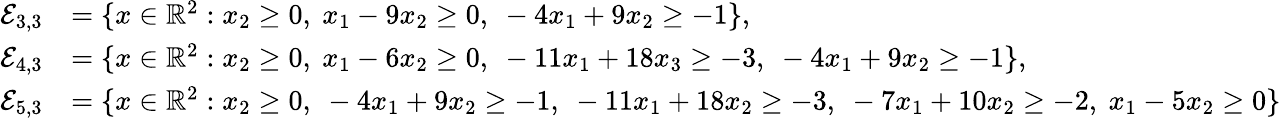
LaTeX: \begin{array}{rl}{\mathcal{E}_{3,3}}&{=\{ x\in\mathbb{R}^{2}:x_{2}\geq 0,~x_{1}-9x_{2}\geq 0,~-4x_{1}+9x_{2}\geq-1\} ,}\\ {\mathcal{E}_{4,3}}&{=\{ x\in\mathbb{R}^{2}:x_{2}\geq 0,~x_{1}-6x_{2}\geq 0,~-11x_{1}+18x_{3}\geq-3,~-4x_{1}+9x_{2}\geq-1\} ,}\\ {\mathcal{E}_{5,3}}&{=\{ x\in\mathbb{R}^{2}:x_{2}\geq 0,~-4x_{1}+9x_{2}\geq-1,~-11x_{1}+18x_{2}\geq-3,~-7x_{1}+10x_{2}\geq-2,~x_{1}-5x_{2}\geq 0\} }\end{array}